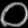
Digit: ၀